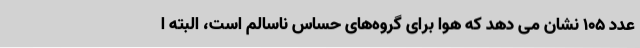
عدد 105 نشان می دهد که هوا برای گروه‌های حساس ناسالم است، البته ا